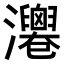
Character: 𤄻